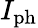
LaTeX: I_{\mathrm{ph}}